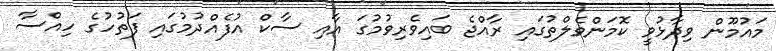
މައުމޫން ވިދާޅުވީ ކޮމަންވެލްތުގައި ރާއްޖެ ބައިވެރިވުމުގަ އާއި ސާކް އުފެއްދުމުގައި ފަތުހުގެ ހިއްސާ